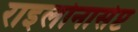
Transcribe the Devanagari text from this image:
राइलोनासेप्ट